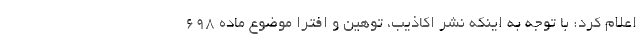
اعلام کرد: با توجه به اینکه نشر اکاذیب، توهین و افترا موضوع ماده 698